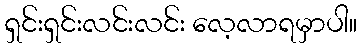
ရှင်းရှင်းလင်းလင်း လေ့လာရမှာပါ။